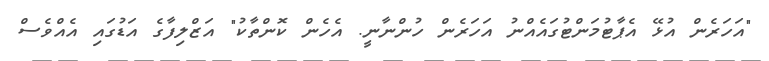
"އަހަރެން އުޅޭ އެޕާޓުމަންޓުގައެއްނު އަހަރެން ހުންނާނީ. އެހެން ކޮންތާކު" އަޒްލިފާގެ އަޑުގައި އެއްވެސް